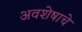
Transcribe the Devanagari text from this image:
अवशेषाचे